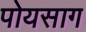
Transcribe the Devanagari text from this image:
पोयसाग